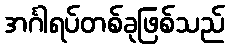
အင်္ဂါရပ်တစ်ခုဖြစ်သည်